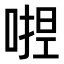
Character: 𭉛